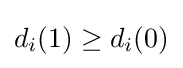
d_{i}(1)\geq d_{i}(0)